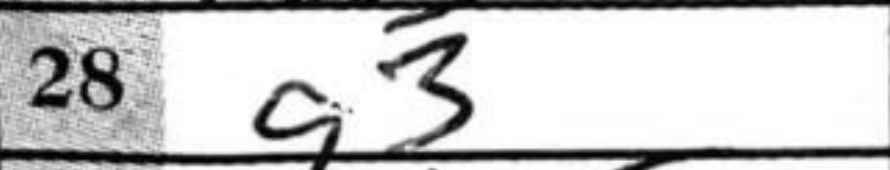
Transcription: g3